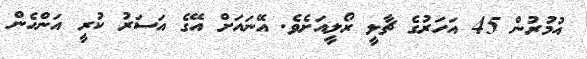
އުމުރުން 45 އަހަރުގެ ޗާލީ ރޯލީއަށެވެ. އޭނައަށް އޭގެ އަސަރު ކުރީ އަންހެން